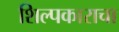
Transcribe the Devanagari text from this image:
शिल्पकाराचा